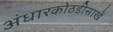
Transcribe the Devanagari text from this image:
अंधारकोठडीसार्खे